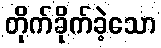
တိုက်ခိုက်ခဲ့သော